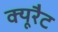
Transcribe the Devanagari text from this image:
क्यूरैट